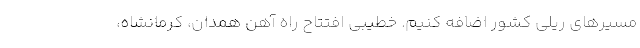
مسیرهای ریلی کشور اضافه کنیم. خطیبی افتتاح راه آهن همدان، کرمانشاه،